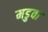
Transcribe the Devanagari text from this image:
मडुवा